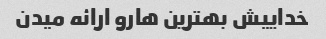
خداییش بهترین هارو ارائه میدن